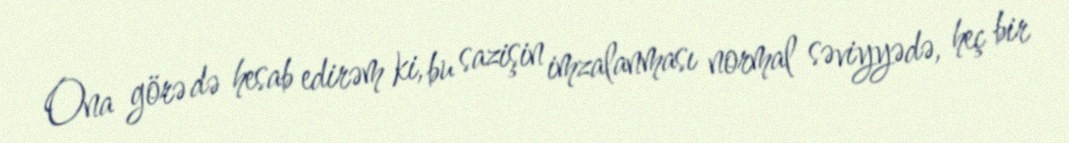
Ona görə də hesab edirəm ki, bu sazişin imzalanması normal səviyyədə, heç bir